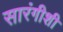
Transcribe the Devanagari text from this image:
सारंगीशी